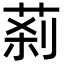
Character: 䓭